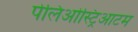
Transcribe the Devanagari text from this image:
पेलिओस्ट्रिआटम